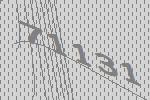
71131